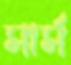
সার্স